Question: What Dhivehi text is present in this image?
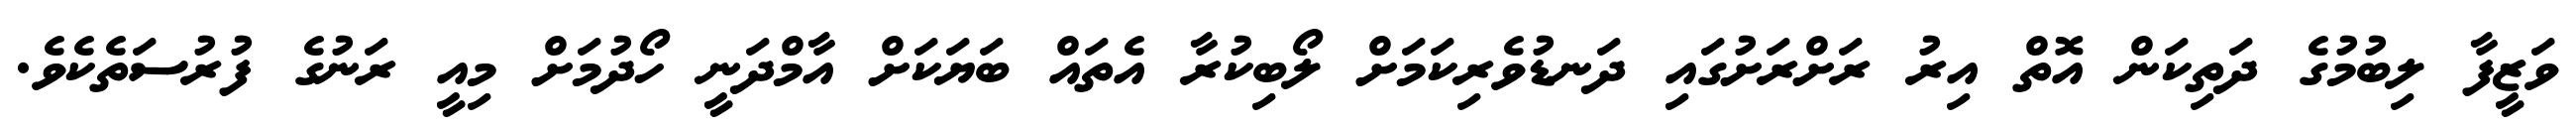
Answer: ވަޒީފާ ލިބުމުގެ ދަތިކަން އޮތް އިރު ރަށްރަށުގައި ދަނޑުވެރިކަމަށް ލޯބިކުރާ އެތައް ބަޔަކަށް އާމްދަނީ ހޯދުމަށް މިއީ ރަނުގެ ފުރުސަތެކެވެ.